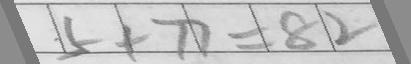
5 + 7 7 = 8 2